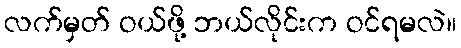
လက်မှတ် ဝယ်ဖို့ ဘယ်လိုင်းက ဝင်ရမလဲ။